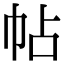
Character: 帖